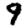
Digit: 9